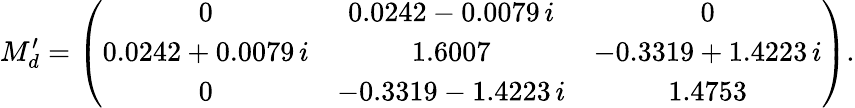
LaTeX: M_{d}^{\prime}=\left(\begin{array}{ccc}{{0}}&{{0.0242-0.0079\, i}}&{{0}}\\ {{0.0242+0.0079\, i}}&{{1.6007}}&{{-0.3319+1.4223\, i}}\\ {{0}}&{{-0.3319-1.4223\, i}}&{{1.4753}}\end{array}\right).